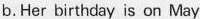
b.Her birthday is on May